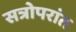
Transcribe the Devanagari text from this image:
सत्रोपरांत